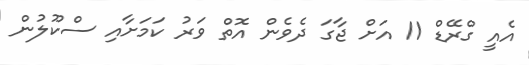
އެއީ ގްރޭޑް 11 އަށް ޖާގަ ދެވެން އޮތް ވަރު ކަމަށާއި ސްކޫލުން